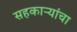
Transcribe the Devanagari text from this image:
सहकाऱ्यांचा